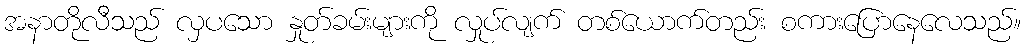
အနာတိုလီသည် လှပသော နှုတ်ခမ်းများကို လှုပ်လျက် တစ်ယောက်တည်း စကားပြောနေလေသည်။